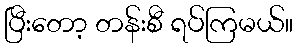
ပြီးတော့ တန်းစီ ရပ်ကြမယ်။